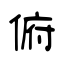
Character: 俯